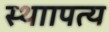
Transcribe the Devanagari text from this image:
स्थाापत्य